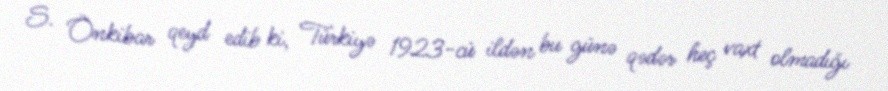
S. Önkibar qeyd edib ki, Türkiyə 1923-cü ildən bu günə qədər heç vaxt olmadığı